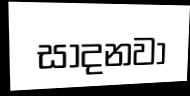
සාදනවා